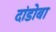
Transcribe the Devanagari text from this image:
दांडोबा